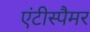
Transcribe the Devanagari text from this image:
एंटीस्पैमर